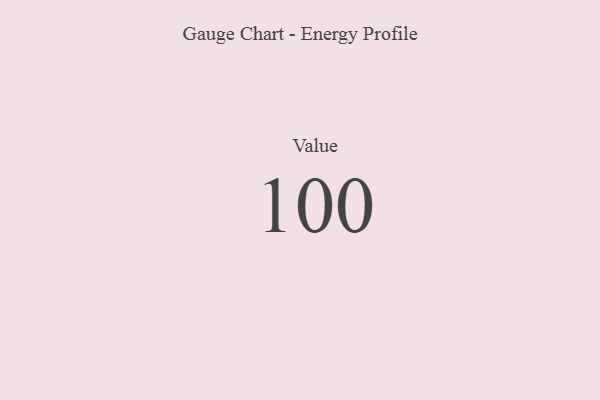
{"axis": {"x": "Metric", "y": "Value"}, "legend": [""], "data": [{"x": "Value", "y": 100, "type": ""}]}